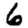
Digit: 6